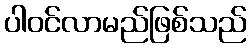
ပါဝင်လာမည်ဖြစ်သည်